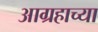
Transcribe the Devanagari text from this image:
आग्रहाच्या